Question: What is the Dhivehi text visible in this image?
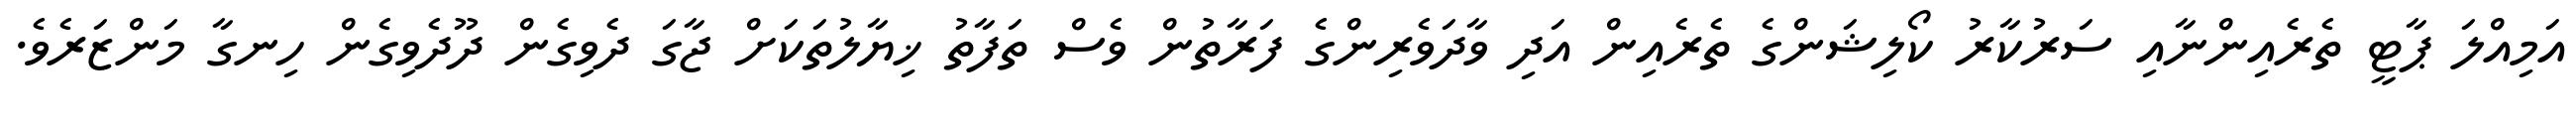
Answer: އަމިއްލަ ޕާޓީ ތެރެއިންނާއި ސަރުކާރު ކޯލިޝަންގެ ތެރެއިން އަދި ވާދަވެރިންގެ ފަރާތުން ވެސް ތަފާތު ޚިޔާލުތަކަށް ޖާގަ ދެވިގެން ދޫދެވިގެން ހިނގާ މަންޒަރެވެ.